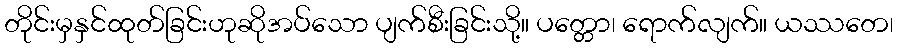
တိုင်းမှနှင်ထုတ်ခြင်းဟုဆိုအပ်သော ပျက်စီးခြင်းသို့။ ပတ္တော၊ ရောက်လျက်။ ယဿတေ၊